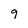
Character: 9